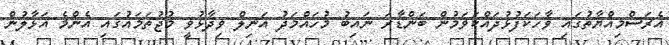
އެރަސްމިއްޔާތުގައި ވާހަކަފުޅުދައްކަވަމުން ބަންޑާރަ ނައިބު މުހައްމަދު އަނިލް ވިދާޅުވީ މުޖުތަމައުގައި އެންމެ އަޅާލުން